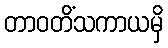
တာဝတိံသကာယမှိ